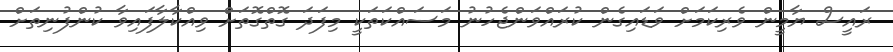
ރައީސް ޔާމީން ވެރިކަމަށް ވަޑައިގެން ކުރައްވަންޖެހުނު މަސައްކަތަކީ މިފަދަ ގޮތްގޮތަށް ވިއްކާލާފައިވާ ކުންފުނިތަށް